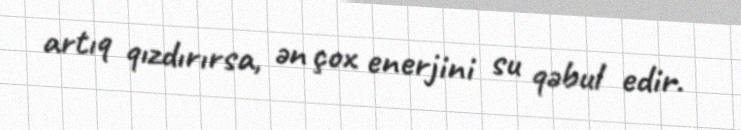
artıq qızdırırsa, ən çox enerjini su qəbul edir.